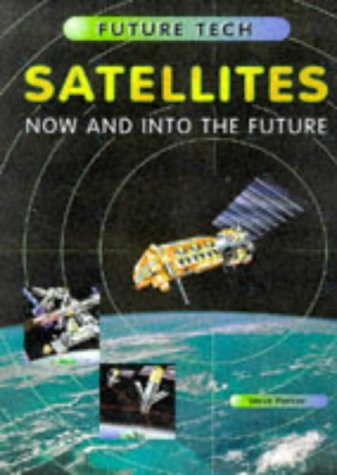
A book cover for Satellites (Future Tech); Steve Parker; Children's Books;